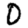
Digit: 0